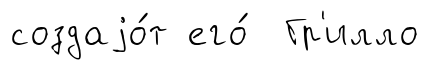
создаjо́т его́ Гр'илло